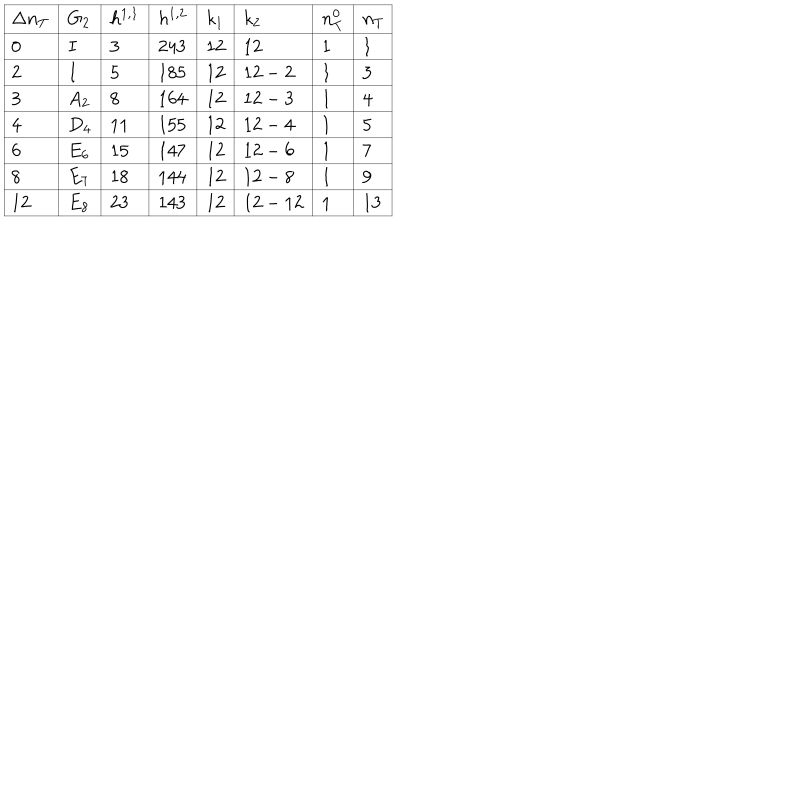
\begin{array} { | l | l | l | l | l | l | l | l | } \hline { { \Delta n _ { T } } } & { { G _ { 2 } } } & { { h ^ { 1 , 1 } } } & { { h ^ { 1 , 2 } } } & { { k _ { 1 } } } & { { k _ { 2 } } } & { { n _ { T } ^ { 0 } } } & { { n _ { T } } } \\ \hline { { 0 } } & { { I } } & { { 3 } } & { { 2 4 3 } } & { { 1 2 } } & { { 1 2 } } & { { 1 } } & { { 1 } } \\ \hline { { 2 } } & { { I } } & { { 5 } } & { { 1 8 5 } } & { { 1 2 } } & { { 1 2 - 2 } } & { { 1 } } & { { 3 } } \\ \hline { { 3 } } & { { A _ { 2 } } } & { { 8 } } & { { 1 6 4 } } & { { 1 2 } } & { { 1 2 - 3 } } & { { 1 } } & { { 4 } } \\ \hline { { 4 } } & { { D _ { 4 } } } & { { 1 1 } } & { { 1 5 5 } } & { { 1 2 } } & { { 1 2 - 4 } } & { { 1 } } & { { 5 } } \\ \hline { { 6 } } & { { E _ { 6 } } } & { { 1 5 } } & { { 1 4 7 } } & { { 1 2 } } & { { 1 2 - 6 } } & { { 1 } } & { { 7 } } \\ \hline { { 8 } } & { { E _ { 7 } } } & { { 1 8 } } & { { 1 4 4 } } & { { 1 2 } } & { { 1 2 - 8 } } & { { 1 } } & { { 9 } } \\ \hline { { 1 2 } } & { { E _ { 8 } } } & { { 2 3 } } & { { 1 4 3 } } & { { 1 2 } } & { { 1 2 - 1 2 } } & { { 1 } } & { { 1 3 } } \\ \hline { { } } \\ \end{array}